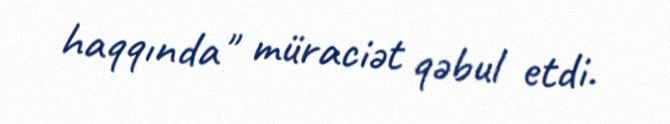
haqqında" müraciət qəbul etdi.